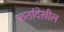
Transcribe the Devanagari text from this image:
कर्तादेखील